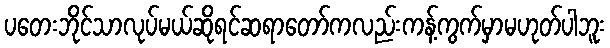
ပတေးဘိုင်သာလုပ်မယ်ဆိုရင်ဆရာတော်ကလည်းကန့်ကွက်မှာမဟုတ်ပါဘူး